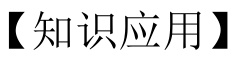
【知识应用】